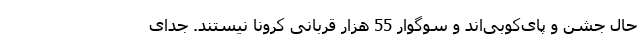
حال جشن و پای‌کوبی‌اند و سوگوار 55 هزار قربانی کرونا نیستند. جدای